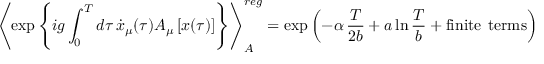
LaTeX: \left\langle \exp \left\{ i g \int _ { 0 } ^ { T } d \tau \, { \dot { x } } _ { \mu } ( \tau ) A _ { \mu } \left[ x ( \tau ) \right] \right\} \right\rangle _ { A } ^ { r e g } = \exp \left( - \alpha \, \frac { T } { 2 b } + a \ln \frac { T } { b } + \mathrm { f i n i t e } \; \, \mathrm { t e r m s } \right)